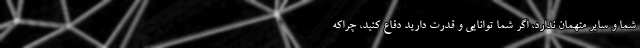
شما و سایر متهمان ندارد، اگر شما توانایی و قدرت دارید دفاع کنید، چراکه